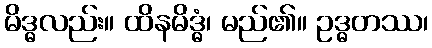
မိဒ္ဓလည်း။ ထိနမိဒ္ဓံ၊ မည်၏။ ဥဒ္ဓတဿ၊